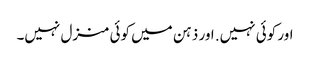
اور کوئی نہیں. اور ذہن میں کوئی منزل نہیں۔